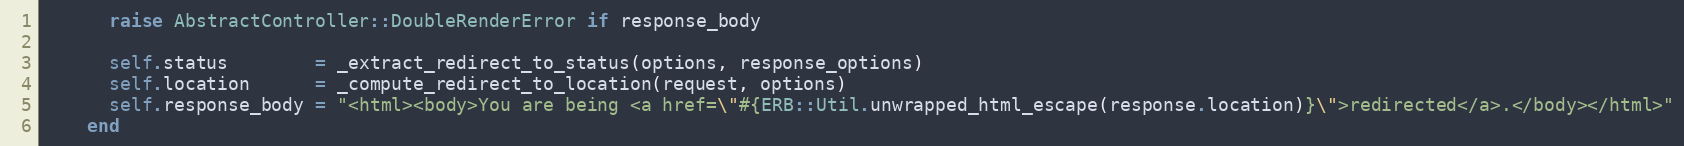
Language: Ruby
      raise AbstractController::DoubleRenderError if response_body

      self.status        = _extract_redirect_to_status(options, response_options)
      self.location      = _compute_redirect_to_location(request, options)
      self.response_body = "<html><body>You are being <a href=\"#{ERB::Util.unwrapped_html_escape(response.location)}\">redirected</a>.</body></html>"
    end